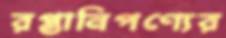
রপ্তানিপণ্যের